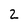
Character: 2